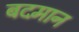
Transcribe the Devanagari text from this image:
बदमान